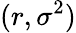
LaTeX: (r,\sigma^{2})